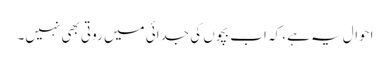
احوال یہ ہے، کہ اب بچوں کی جدائی میں روتی بھی نہیں۔